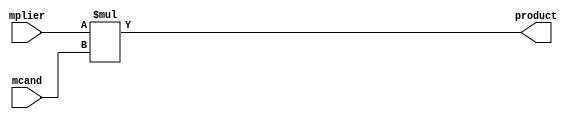
module mult_comb_32
  (input  [31:0] mplier,
   input  [31:0] mcand,
   output [63:0] product);
  wire [63:0] n1_o;
  wire [63:0] n2_o;
  wire [63:0] n3_o;
  assign product = n3_o;
  /* src/mult_comb_nbits.vhdl:15:50  */
  assign n1_o = {32'b0, mplier};  //  uext
  /* src/mult_comb_nbits.vhdl:15:50  */
  assign n2_o = {32'b0, mcand};  //  uext
  /* src/mult_comb_nbits.vhdl:15:50  */
  assign n3_o = n1_o * n2_o; // umul
endmodule